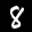
Label: 8